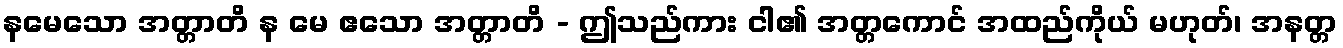
နမေသော အတ္တာတိ န မေ ဧသော အတ္တာတိ - ဤသည်ကား ငါ၏ အတ္တကောင် အထည်ကိုယ် မဟုတ်၊ အနတ္တ